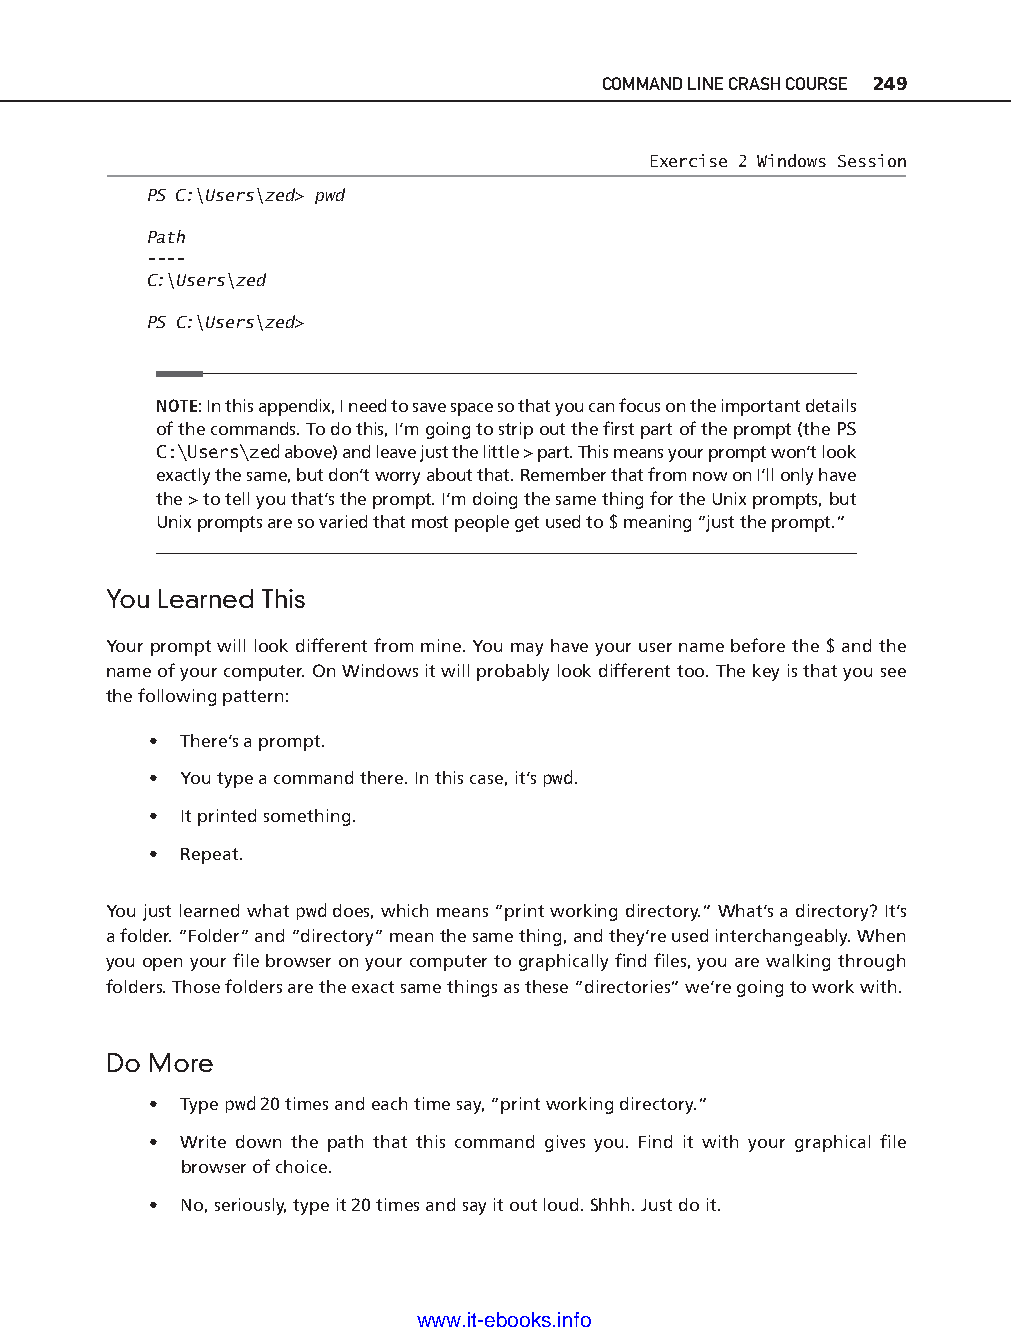
COMMAND LINE CRASH COURSE 249
 Exercise 2 Windows Session
 PS C:\Users\zed> pwd
 Path
 - - - -
 C:\Users\zed
 PS C:\Users\zed>
 NOTE: In this appendix, I need to save space so that you can focus on the important details
 of the commands. To do this, I’m going to strip out the fi rst part of the prompt (the PS
 C:\Users\zed above) and leave just the little > part. This means your prompt won’t look
 exactly the same, but don’t worry about that. Remember that from now on I’ll only have
 the > to tell you that’s the prompt. I’m doing the same thing for the Unix prompts, but
 Unix prompts are so varied that most people get used to $ meaning “just the prompt.”
 You Learned This
 Your prompt will look different from mine. You may have your user name before the $ and the
 name of your computer. On Windows it will probably look different too. The key is that you see
 ptg11539604
 the following pattern:
 • There’s a prompt.
 • You type a command there. In this case, it’s pwd.
 • It printed something.
 • Repeat.
 You just learned what pwd does, which means “print working directory.” What’s a directory? It’s
 a folder. “Folder“ and “directory“ mean the same thing, and they’re used interchangeably. When
 you open your fi le browser on your computer to graphically fi nd fi les, you are walking through
 folders. Those folders are the exact same things as these “directories” we’re going to work with.
 Do More
 • Type pwd 20 times and each time say, “print working directory.”
 • Write down the path that this command gives you. Find it with your graphical fi le
 browser of choice.
 • No, seriously, type it 20 times and say it out loud. Shhh. Just do it.
 www.it-ebooks.info